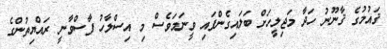
ޤައުމުގެ ޤާނޫނު ހަދާ މަޖިލީހަށް ބަލައިގެންފައި ވީނަމަވެސް މި އިސްލާހު ފާސްވާނީ ރައްޔިތުންގެ